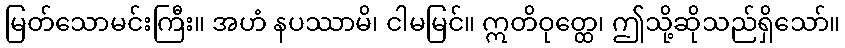
မြတ်သောမင်းကြီး။ အဟံ နပဿာမိ၊ ငါမမြင်။ ဣတိဝုတ္ထေ၊ ဤသို့ဆိုသည်ရှိသော်။